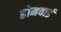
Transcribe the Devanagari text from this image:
होमवार्ड